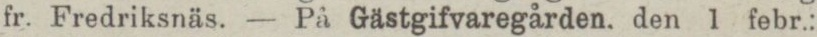
fr. Fredriksnäs. — På Gästgifvaregården. den 1 febr.: